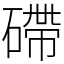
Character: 𥕧